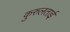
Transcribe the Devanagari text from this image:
कुरुलताई